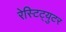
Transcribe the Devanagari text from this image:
रेस्टिट्युटर